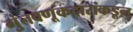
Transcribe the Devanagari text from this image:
गुंतवणूकदारांकडून